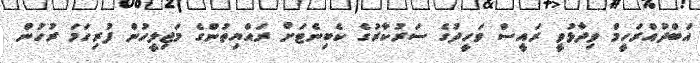
އަބްދުއްރަހީމް ވިދާޅުވީ ރައީސް ވަހީދުގެ ސަރުކާރުގެ ކެބިނެޓަށް ރައްޔިތުންގެ މަޖިލީހުން ފުރިހަމަ ރުހުން